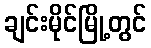
ချင်းမိုင်မြို့တွင်